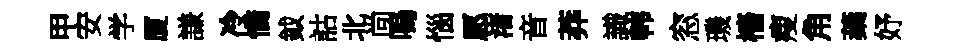
甲安学厦謙冷憍鉞詁北尚嗚惱愿渚音莽識韩窓璣檣瘦角蘃妤